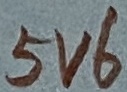
Text: 5V6